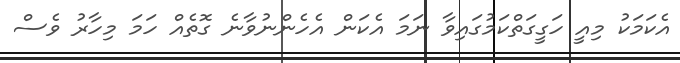
އެކަމަކު މިއީ ހަގީގަތްކަމުގައިވާ ނަމަ އެކަން އެހެންނުވާނެ ގޮތެއް ހަމަ މިހާރު ވެސް